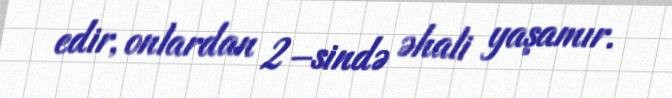
edir, onlardan 2–sində əhali yaşamır.